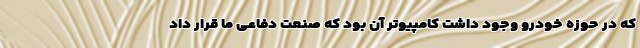
که در حوزه خودرو وجود داشت کامپیوتر آن بود که صنعت دفاعی ما قرار داد